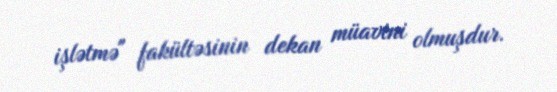
işlətmə" fakültəsinin dekan müavini olmuşdur.